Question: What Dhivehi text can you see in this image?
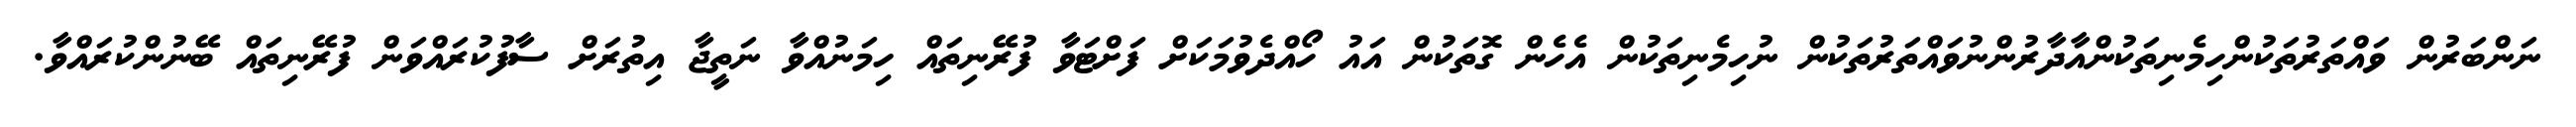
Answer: ނަންބަރުން ވައްތަރުތަކުންހިމެނިތަކުންއާދާރުންނުވައްތަރުތަކުން ނުހިމެނިތަކުން އެހެން ގޮތަކުން އައު ހޯއްދެވުމަކަށް ފަށްޓަވާ ފުރޭނިތައް ހިމަނުއްވާ ނަތީޖާ އިތުރަށް ސާފުކުރައްވަން ފުރޭނިތައް ބޭނުންކުރައްވާ.